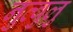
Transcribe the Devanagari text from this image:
नुव्वुलु